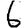
Digit: 6